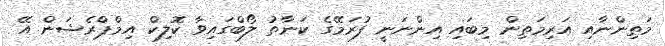
މަތިންނާއި އަރިމަތިން މިބައި އިންނަނީ ފުރަމޭގެ ކަނާތު ލޯބްގައިވާ ކޮލިކް އިމްޕްރެޝަން އޭ